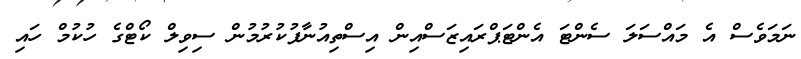
ނަމަވެސް އެ މައްސަލަ ސެންޓަ އެންޓަޕްރައިޒަސްއިން އިސްތިއުނާފުކުރުމުން ސިވިލް ކޯޓްގެ ހުކުމް ހައި